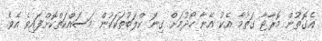
އެގޮތުން މޮރާޓާ ގަތުމާ އެކު އޭނާ ހޯދުމަށް ގިނަ ކްލަބުތަކަކުން މަސައްކަތްކޮށްފައިވެ އެވެ.